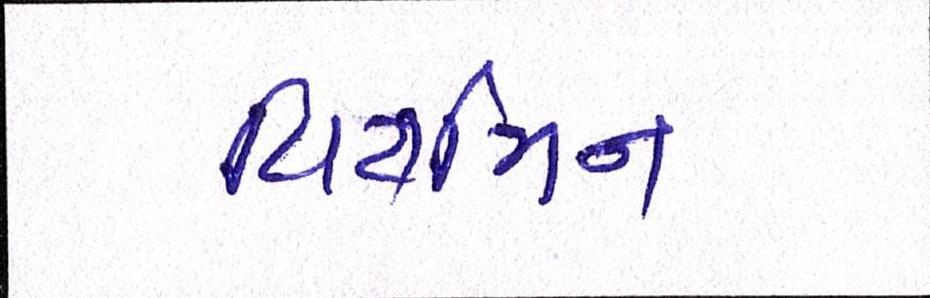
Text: વિટામિન